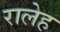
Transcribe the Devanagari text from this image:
रालेह